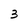
Character: 3